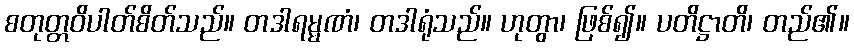
စတုတ္တဝိပါတ်စိတ်သည်။ တဒါရမ္မဏံ၊ တဒါရုံသည်။ ဟုတွာ၊ ဖြစ်၍။ ပတိဋ္ဌာတိ၊ တည်၏။